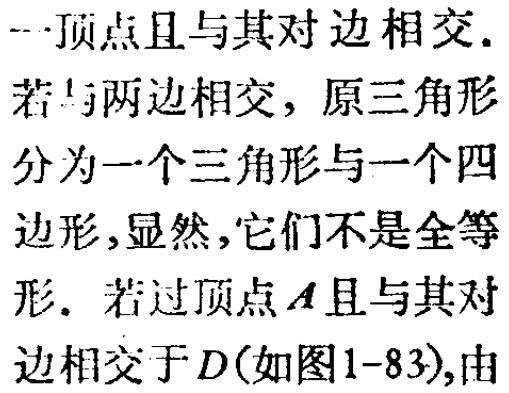
一顶点且与其对边相交.

若与两边相交, 原三角形

分为一个三角形与一个四

边形,显然,它们不是全等

形. 若过顶点\(A\)且与其对

边相交于\(D\)(如图1-83),由